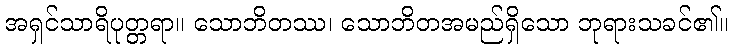
အရှင်သာရိပုတ္တရာ။ သောဘိတဿ၊ သောဘိတအမည်ရှိသော ဘုရားသခင်၏။